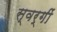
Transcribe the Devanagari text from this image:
स्वर्गीं